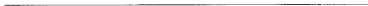
___